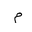
Letter: _mim